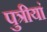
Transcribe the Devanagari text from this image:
पुत्रीयां